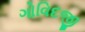
ગોવિદજી